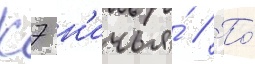
К7 н'ичья́ // По́